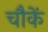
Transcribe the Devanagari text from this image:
चौकें